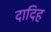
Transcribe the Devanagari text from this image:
दादिह